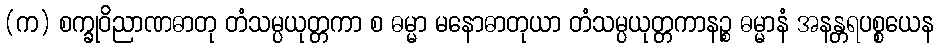
(က) စက္ခုဝိညာဏဓာတု တံသမ္ပယုတ္တကာ စ ဓမ္မာ မနောဓာတုယာ တံသမ္ပယုတ္တကာနဉ္စ ဓမ္မာနံ အနန္တရပစ္စယေန